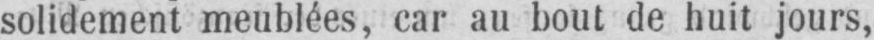
solidement meublées, car au bout de huit jours,